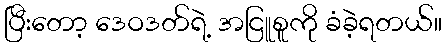
ပြီးတော့ ဒေဝဒတ်ရဲ့ အငြူစူကို ခံခဲ့ရတယ်။